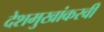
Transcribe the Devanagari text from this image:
देशमुखांकरवी